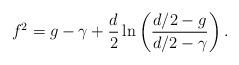
LaTeX: \begin{align*}f^{2}=g-\gamma+\frac{d}{2}\ln\left(\frac{{d}/2-g}{{d}/2-\gamma}\right).\end{align*}